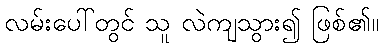
လမ်းပေါ်တွင် သူ လဲကျသွား၍ ဖြစ်၏။